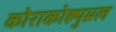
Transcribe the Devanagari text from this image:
कोराकोह्युम्रल